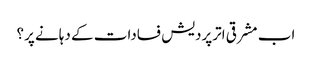
اب مشرقی اترپردیش فسادات کے دہانے پر؟